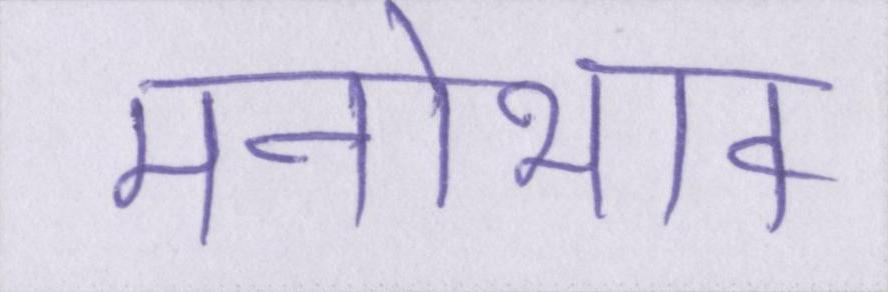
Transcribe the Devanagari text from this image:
मनोभाव